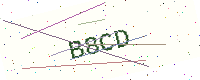
Text: B8CD